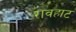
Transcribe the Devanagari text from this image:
रावहाट